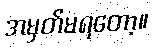
အမှတ်မရတော့။